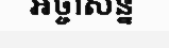
អច្ចាសន្ន